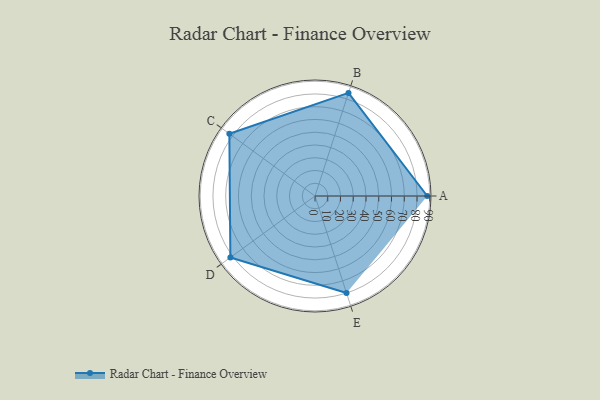
{"axis": {"x": "Skill", "y": "Score"}, "legend": ["Profile"], "data": [{"x": "A", "y": 88.0, "type": "Profile"}, {"x": "B", "y": 85.0, "type": "Profile"}, {"x": "C", "y": 83.0, "type": "Profile"}, {"x": "D", "y": 82.0, "type": "Profile"}, {"x": "E", "y": 80.0, "type": "Profile"}]}